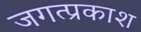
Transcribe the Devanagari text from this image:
जगत्प्रकाश